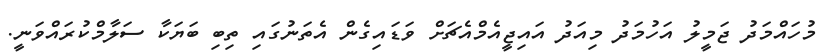
މުހައްމަދު ޖަމީލު އަހުމަދު މިއަދު އައިޖީއެމްއެޗަށް ވަޑައިގެން އެތަނުގައި ތިބި ބަޔަކާ ސަލާމްކުރައްވަނީ.